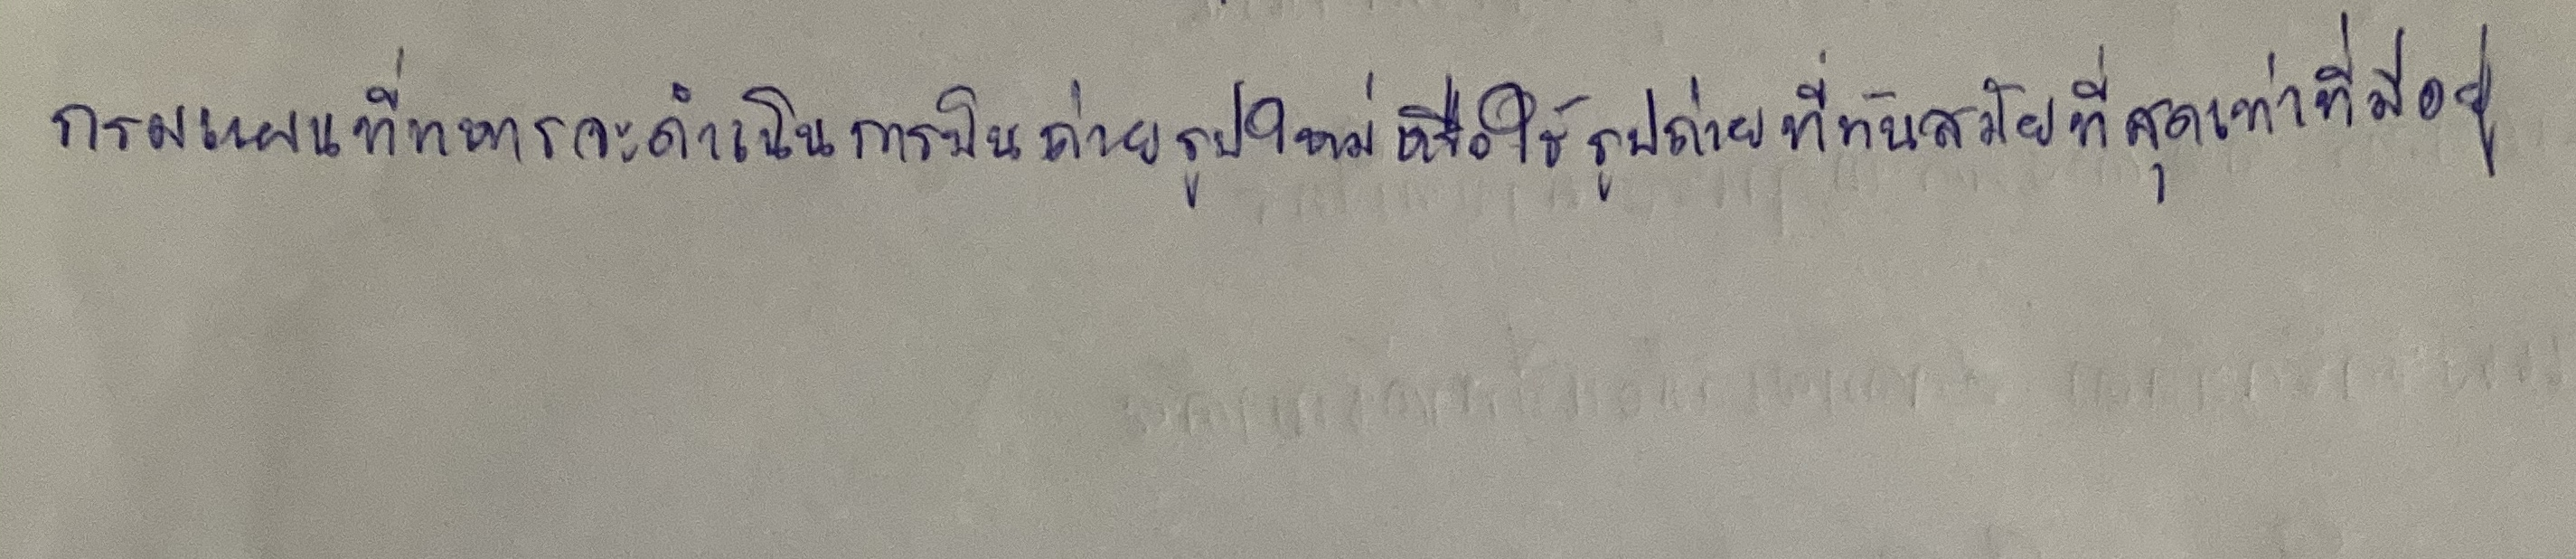
กรมแผนที่ทหารจะดำเนินการบินถ่ายรูปใหม่หรือใช้รูปถ่ายที่ทันสมัยที่สุดเท่าที่มีอยู่